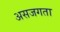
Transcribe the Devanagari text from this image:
असजगता